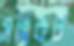
সন্নিকট